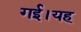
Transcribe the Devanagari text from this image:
गई।यह